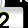
Digit: 2